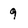
Character: 9